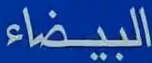
البيضاء